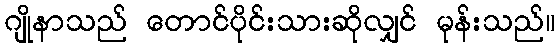
ဂျိုနာသည် တောင်ပိုင်းသားဆိုလျှင် မုန်းသည်။